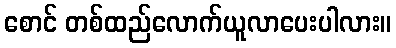
စောင် တစ်ထည်လောက်ယူလာပေးပါလား။